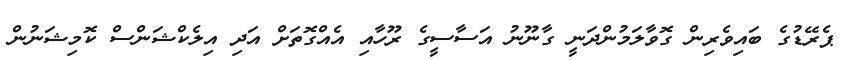
ޕެރޭޑުގެ ބައިވެރިން ގޮވާލަމުންދަނީ ގާނޫނު އަސާސީގެ ރޫހާއި އެއްގޮތަށް އަދި އިލެކްޝަންސް ކޮމިޝަނުން